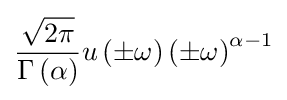
{\frac {\sqrt {2\pi }}{\Gamma \left(\alpha \right)}}u\left(\pm \omega \right)\left(\pm \omega \right)^{\alpha -1}